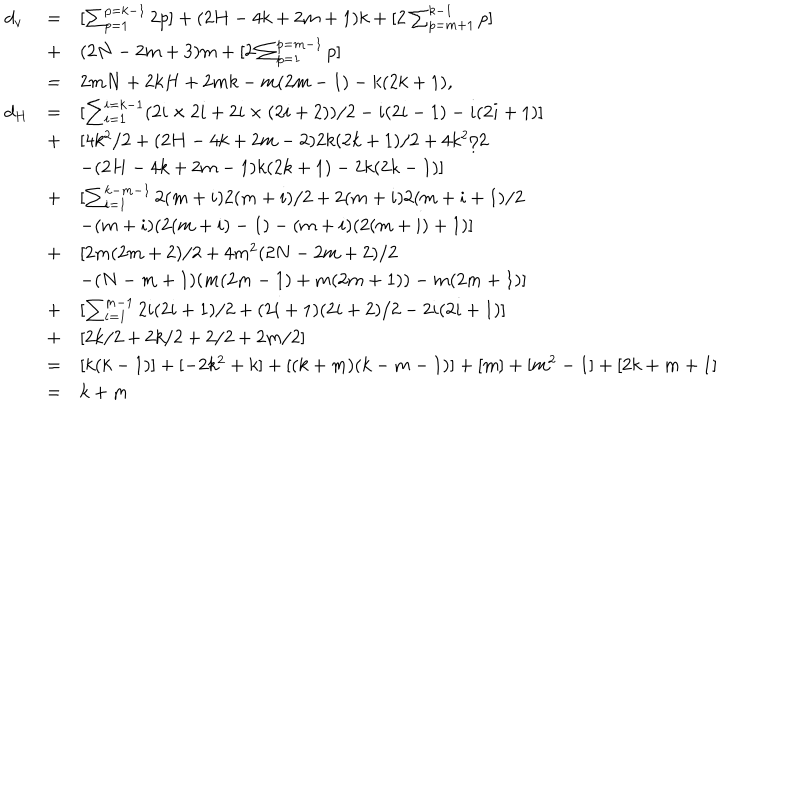
\begin{array} { l l l } { { d _ { v } } } & { { = } } & { { [ \sum _ { p = 1 } ^ { p = k - 1 } 2 p ] + ( 2 H - 4 k + 2 m + 1 ) k + [ 2 \sum _ { p = m + 1 } ^ { k - 1 } p ] } } \\ { { } } & { { + } } & { { ( 2 N - 2 m + 3 ) m + [ 2 \sum _ { p = 1 } ^ { p = m - 1 } p ] } } \\ { { } } & { { = } } & { { 2 m N + 2 k H + 2 m k - m ( 2 m - 1 ) - k ( 2 k + 1 ) , } } \\ { { d _ { H } } } & { { = } } & { { [ \sum _ { i = 1 } ^ { i = k - 1 } ( 2 i \times 2 i + 2 i \times ( 2 i + 2 ) ) / 2 - i ( 2 i - 1 ) - i ( 2 i + 1 ) ] } } \\ { { } } & { { + } } & { { [ 4 k ^ { 2 } / 2 + ( 2 H - 4 k + 2 m - 2 ) 2 k ( 2 k + 1 ) / 2 + 4 k ^ { 2 } / 2 } } \\ { { } } & { { } } & { { - ( 2 H - 4 k + 2 m - 1 ) k ( 2 k + 1 ) - 2 k ( 2 k - 1 ) ] } } \\ { { } } & { { + } } & { { [ \sum _ { i = 1 } ^ { k - m - 1 } 2 ( m + i ) 2 ( m + i ) / 2 + 2 ( m + i ) 2 ( m + i + 1 ) / 2 } } \\ { { } } & { { } } & { { - ( m + i ) ( 2 ( m + i ) - 1 ) - ( m + i ) ( 2 ( m + i ) + 1 ) ] } } \\ { { } } & { { + } } & { { [ 2 m ( 2 m + 2 ) / 2 + 4 m ^ { 2 } ( 2 N - 2 m + 2 ) / 2 } } \\ { { } } & { { } } & { { - ( N - m + 1 ) ( m ( 2 m - 1 ) + m ( 2 m + 1 ) ) - m ( 2 m + 1 ) ] } } \\ { { } } & { { + } } & { { [ \sum _ { i = 1 } ^ { m - 1 } 2 i ( 2 i + 1 ) / 2 + ( 2 i + 1 ) ( 2 i + 2 ) / 2 - 2 i ( 2 i + 1 ) ] } } \\ { { } } & { { + } } & { { [ 2 k / 2 + 2 k / 2 + 2 / 2 + 2 m / 2 ] } } \\ { { } } & { { = } } & { { [ k ( k - 1 ) ] + [ - 2 k ^ { 2 } + k ] + [ ( k + m ) ( k - m - 1 ) ] + [ m ] + [ m ^ { 2 } - 1 ] + [ 2 k + m + 1 ] } } \\ { { } } & { { = } } & { { k + m } } \\ \end{array}